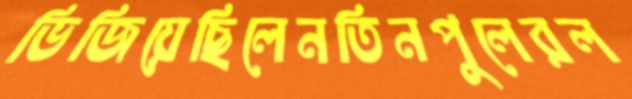
ভিজিয়েছিলেনতিনপুলেরল